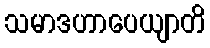
သမာဒဟာပေယျာတိ